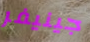
جينيفر